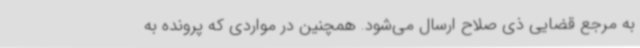
به مرجع قضایی ذی صلاح ارسال می‌شود. همچنین در مواردی که پرونده به